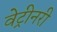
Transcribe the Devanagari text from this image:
वेट्रीनरी